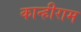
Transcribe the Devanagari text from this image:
कान्हीराम